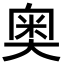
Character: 奥